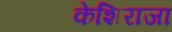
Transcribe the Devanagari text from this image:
केशिराजा